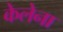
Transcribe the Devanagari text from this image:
केलेना